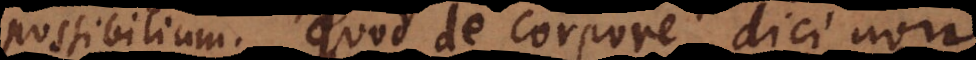
possibilium. Quod de corpore dici non